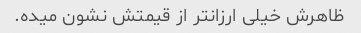
ظاهرش خیلی ارزانتر از قیمتش نشون میده.